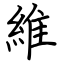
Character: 維